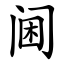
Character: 阃